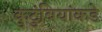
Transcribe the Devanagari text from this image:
कुटुंबियांकडे